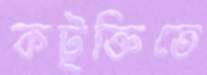
কটূক্তিতে